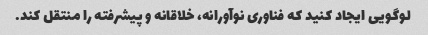
لوگویی ایجاد کنید که فناوری نوآورانه، خلاقانه و پیشرفته را منتقل کند.